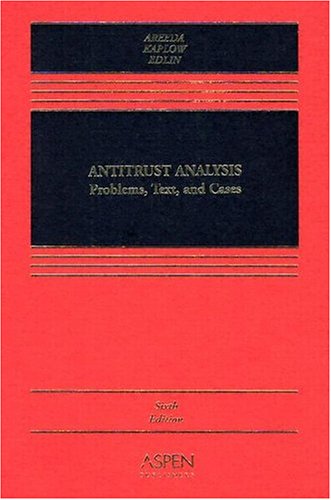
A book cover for Antitrust Analysis: Problems, Text, and Cases (Casebook Series); Phillip E. Areeda; Law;